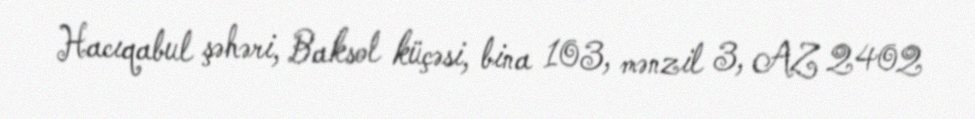
Hacıqabul şəhəri, Baksol küçəsi, bina 103, mənzil 3, AZ 2402